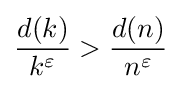
{\frac {d(k)}{k^{\varepsilon }}}>{\frac {d(n)}{n^{\varepsilon }}}